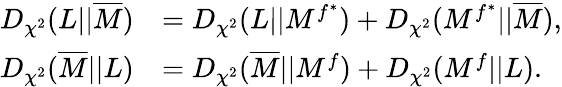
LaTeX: \begin{array}{rl}{D_{\chi^{2}}(L||\overline{{M}})}&{=D_{\chi^{2}}(L||M^{f^{*}})+D_{\chi^{2}}(M^{f^{*}}||\overline{{M}}),}\\ {D_{\chi^{2}}(\overline{{M}}||L)}&{=D_{\chi^{2}}(\overline{{M}}||M^{f})+D_{\chi^{2}}(M^{f}||L).}\end{array}